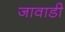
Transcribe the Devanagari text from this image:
जावाडी